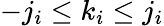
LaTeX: -j_{i}\leq k_{i}\leq j_{i}